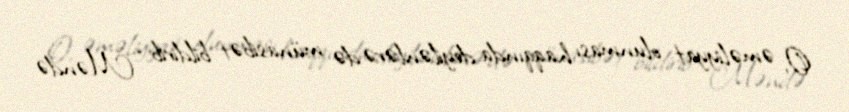
O, əməliyyat olunması haqqında deyilənlərə də münasibət bildirib: “Məndə